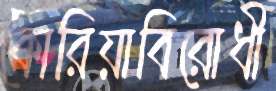
কোরিয়াবিরোধী